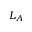
L _ { A }